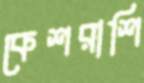
কেশরাশি